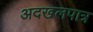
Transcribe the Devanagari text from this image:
अदखलपात्र